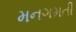
મનગમતી